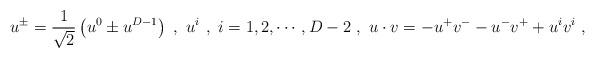
LaTeX: \begin{align*}u^\pm=\frac{1}{\sqrt{2}}\left(u^0\pm u^{D-1}\right)\ ,\ u^i\ ,\ i=1,2,\cdots,D-2\ ,\ u\cdot v=-u^+v^--u^-v^++u^iv^i\ ,\end{align*}